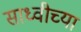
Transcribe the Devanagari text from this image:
साध्वीच्या